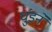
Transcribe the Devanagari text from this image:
धुंडने